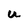
Character: U